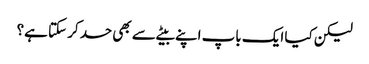
لیکن کیا ایک باپ اپنے بیٹے سے بھی حسد کر سکتا ہے؟